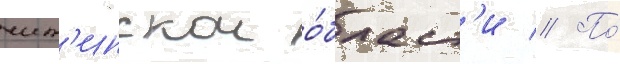
чит'инскои о́бласт'и // По́